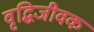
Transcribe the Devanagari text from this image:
वृद्धिजीवक